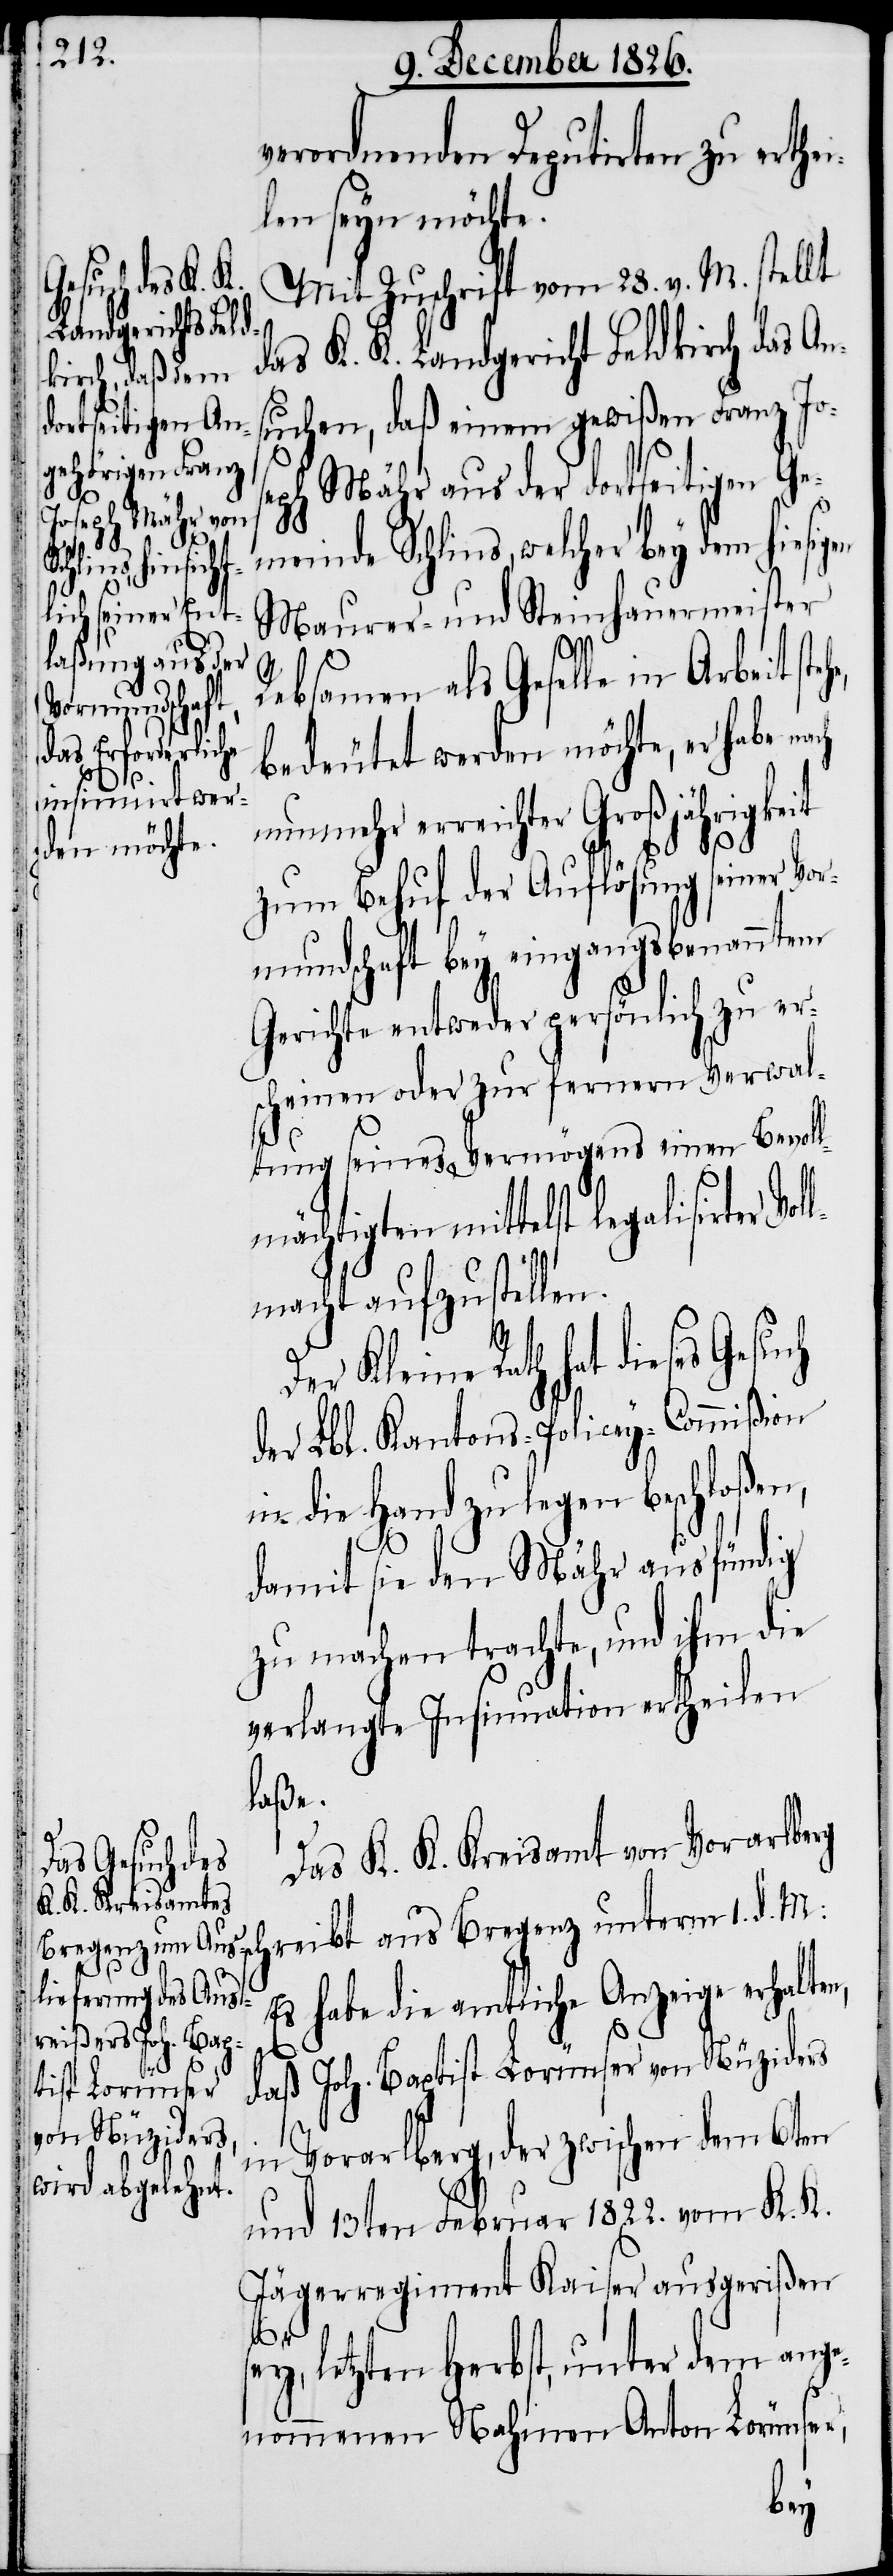
sirter Vol¬
D¬

verordnenden Deputirten zu erthe¬
ilen seyn möchte.
Mit Zuschrift vom 28. v. M. stellt
das K. K. Landgericht Feldkirch das An¬
suchen, daß einem gewißen Franz Jos¬
eph Mähr aus der dortseitigen Ge¬
meinde Schlins, welcher bey dem hiesi¬
Maurer- und Steinhauermeister
Rebsamen als Geselle in Ar¬
bedeutet werden möchte, er habe nach
nunmehr erreichter Großjährigkeit
zum Behuf der Auflösung seiner Vo¬
rmundschaft bey eingangs benanntem
Gerichte entweder persönlich zu er¬
scheinen oder zur fernern Verwal¬
tung seines Vermögens einen Bevol¬
lmächtigten mittelst legali¬
lmacht aufzustellen.
er Kleine Rath hat dieses
der Lbl. Kantons-Policey-Commißion
in die Hand zu legen beschloßen,
damit sie den Mähr ausfündig
zu machen trachte, und ihm die
verlangte Insinuation ertheilen
laße.
Das K. K. Kreisamt von Vorarlberg
reibt aus Bregenz unterm 1. d. M.:
Es habe die amtliche Anzeige erhalten,
daß Joh. Baptist Lorünser von Nüziders
in Vorarlberg, der zwischen dem 6ten
und 13ten Februar 1822. vom K. K.
Jägerregiment Kaiser ausgerißen
s¬
ey, letzten Herbst, unter dem ange¬
nommenen Nahmen Anton Lorünser,